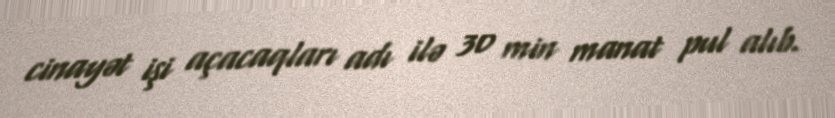
cinayət işi açacaqları adı ilə 30 min manat pul alıb.